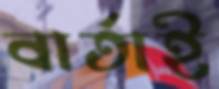
বার্তাই